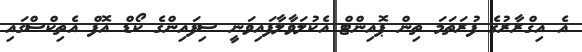
އެ އިޤްރާރުގެ ފުރަތަމަ ތިން ޕޮއިންޓް އެކުލަވާލާފައިވަނީ ސިފައިންގެ ކޯޑް އޮފް އެތިކްސްގައި